Medical and sanitary report of the native army of Bengal for the year
Year: 1878
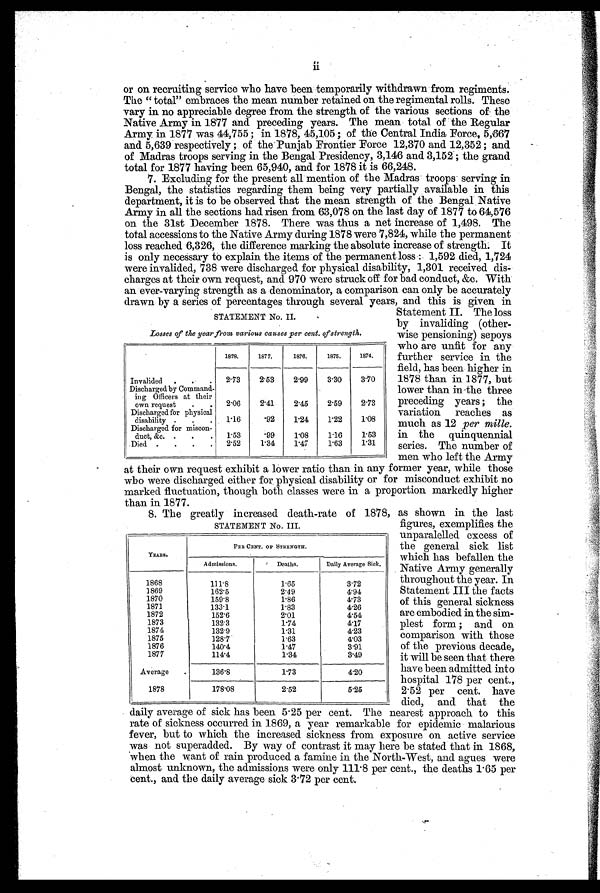
STATEMENT No. II
Losses of the year from various causes per cent. of strength.
1878.
1877.
1876.
1875. 1874.
Invalided . . . 2.73
2.53
2.99
3. 30
3.70
Discharged by Command
- ing Officers at their
own request . . 2.06
2. 41
2. 45
2. 59
2.73
Discharged for physical
disability . . . 1.16
.92
1.24
1.22 1. 08
Discharged for miscon-
duct, &c. . . . 1.53
.99
1. 08
1.16
1.53
Died . . .
.
2.52 1.34
1. 47
1. 63
1. 31
or on recruiting service who have been temporarily withdrawn from regiments.
The "total" embraces the mean number retained on the regimental rolls. These
vary in no appreciable degree from the strength of the various sections of the
Native Army in 1877 and preceding years. The mean total of the Regular
Army in 1877 was 44,755 ; in 1878, 45,105 ; of the Central India Force, 5,667
and 5,639 respectively ; of the Punjab Frontier Force 12,370 and 12,352 ; and
of Madras troops serving in the Bengal Presidency, 3,146 and 3,152; the grand
total for 1877 having been 65,940, and for 1878 it is 66,248.
7. Excluding for the present all mention of the Madras troops serving in
Bengal, the statistics regarding them being very partially available in this
department, it is to be observed that the mean strength of the Bengal Native
Army in all the sections had risen from 63,078 on the last day of 1877 to 64,576
on the 31st December 1878. There was thus a net increase of 1,498. The
total accessions to the Native Army during 1878 were 7,824, while the permanent
loss reached 6,326, the difference marking the absolute increase of strength. It
is only necessary to explain the items of the permanent loss : 1,592 died, 1,724
were invalided, 738 were discharged for physical disability, 1,301 received dis-
charges at their own request, and 970 were struck off for bad conduct, &c. With
an ever-varying strength as a denominator, a comparison can only be accurately
drawn by a series of percentages through several years, and this is given in
Statement II. The loss
by invaliding (other-
wise pensioning) sepoys
who are unfit for any
further service in the
field, has been higher in
1878 than in 1877, but
lower than in-the three
preceding years ; the
variation reaches as
much as 12 per mille.
in the quinquennial
series. The number of
men who left the Army
at their own request exhibit a lower ratio than in any former year, while those
who were discharged either for, physical disability or for misconduct exhibit no
marked fluctuation, though both classes were in a proportion markedly higher
than in 1877
as shown in the last
figures, exemplifies the
unparalelled excess of
the general sick list
which has befallen the
Native Army generally
throughout the year. In
Statement III the facts
of this general sickness
are embodied in the sim-
plest form ; and on
comparison with those
of the previous decade,
it will be seen that there
have been admitted into
hospital 178 per cent.,
2.52 per cent. have
died, and that the
daily average of sick has been 5.25 per cent. The nearest approach to this
rate of sickness occurred in 1869, a year remarkable for epidemic malarious
fever, but to which the increased sickness from exposure on active service
was not superadded. By way of contrast it may here be stated that in 1868,
when the want of rain produced a famine in the North-West, and agues were
almost unknown, the admissions were only 111.8 per cent., the deaths 1.65 per
cent., and the daily average sick 3.72 per cent.
8. The greatly increased death-rate of 1878,
STATEMENT No. III.
YEARS.
PER CENT. OF STRENGTH.
Admissions.
Deaths.
Daily Average Sick.
1868
111.8
1.65
3.72
1869
162.5
2 . 4 9
4 . 9 4
1870
159.8
1.86
4 . 7 3
1871
133.1
1.83
4 . 2 6
1872
152.6
2 . 0 1
4 . 5 4
1873
132.3
1.74
4 . 1 7
1874
132.9
1.31
4 . 2 3
1875
128.7
1.63
4 . 0 3
1876
140.4
1.47
3.91
1877
114.4
1.34
3.49
Average
136.8
1.73
4.20
1878
178.08
2.52
5.25